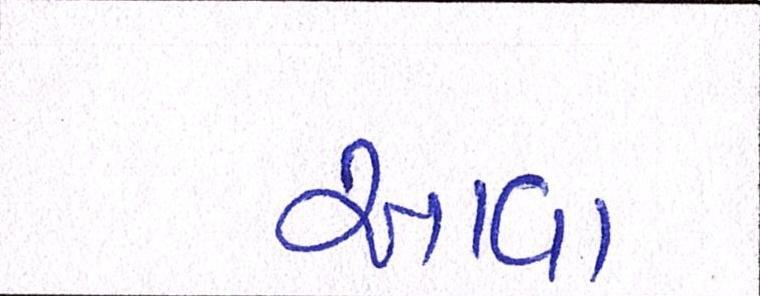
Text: આવા